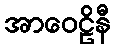
အာဝေဠိနီ